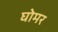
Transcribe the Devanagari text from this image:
घोमर